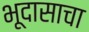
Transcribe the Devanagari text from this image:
भूदासाचा